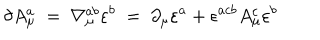
\delta A _ { \mu } ^ { a } \ = \ \nabla _ { \mu } ^ { a b } \varepsilon ^ { b } \ = \ \partial _ { \mu } \varepsilon ^ { a } + \epsilon ^ { a c b } A _ { \mu } ^ { c } \varepsilon ^ { b }